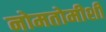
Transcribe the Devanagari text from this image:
नोमतोमीशी